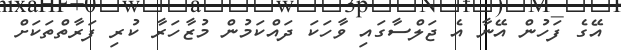
އޭގެ ފަހުން އޭނާ އެ ޖަލްސާގައި ވާހަކަ ދައްކަމުން މުޒާހަރާ ކުރި ފަރާތްތަކަށް